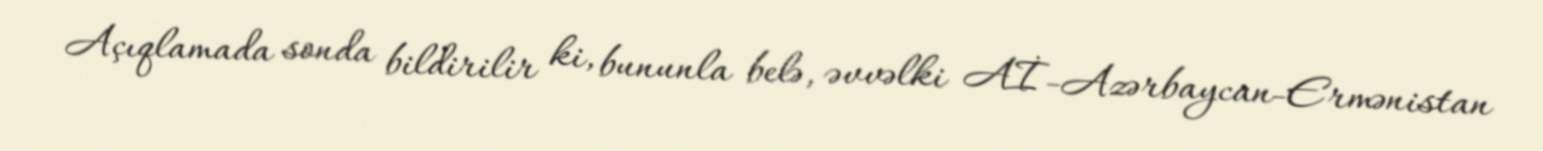
Açıqlamada sonda bildirilir ki, bununla belə, əvvəlki Aİ-Azərbaycan-Ermənistan